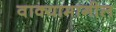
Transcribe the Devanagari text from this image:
वाक्यामागील